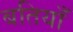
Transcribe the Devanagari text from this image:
बतियाँ